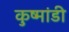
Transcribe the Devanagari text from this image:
कुष्मांडी